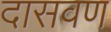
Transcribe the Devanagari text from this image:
दासवण